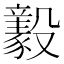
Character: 𣫚